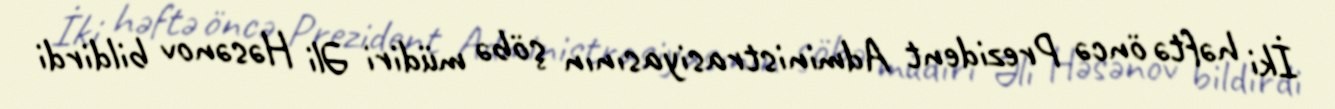
İki həftə öncə Prezident Administrasiyasının şöbə müdiri Əli Həsənov bildirdi